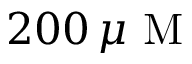
2 0 0 \, \mu \mathrm { ~ M ~ }